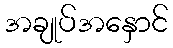
အချုပ်အနှောင်